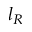
l _ { R }